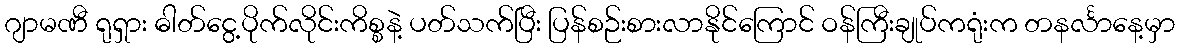
ဂျာမဏီ ရုရှား ဓါတ်ငွေ့ပိုက်လိုင်းကိစ္စနဲ့ ပတ်သက်ပြီး ပြန်စဉ်းစားလာနိုင်ကြောင် ဝန်ကြီးချုပ်ကရုံးက တနင်္လာနေ့မှာ